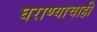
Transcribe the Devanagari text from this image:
घराण्याचाही